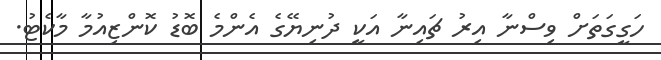
ހަގީގަތަށް ވިސްނާ އިރު ޗައިނާ އަކީ ދުނިޔޭގެ އެންމެ ބޮޑު ކޮންޒިއުމާ މާކެޓު.